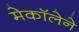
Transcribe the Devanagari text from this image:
मेकॉलेने